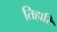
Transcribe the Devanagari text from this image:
तिहारि